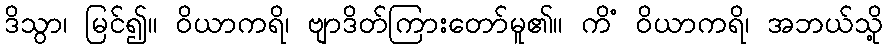
ဒိသွာ၊ မြင်၍။ ဝိယာကရိ၊ ဗျာဒိတ်ကြားတော်မူ၏။ ကိံ ဝိယာကရိ၊ အဘယ်သို့